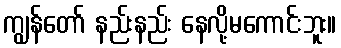
ကျွန်တော် နည်းနည်း နေလို့မကောင်းဘူး။